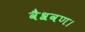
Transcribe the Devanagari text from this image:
वैश्रवण।